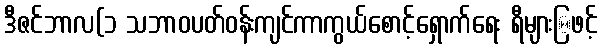
ဒီဇင်ဘာလ(၁ သဘာဝပတ်ဝန်းကျင်ကာကွယ်စောင့်ရှောက်ရေး ရီများြဖင့်